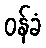
ဝန်ခံ